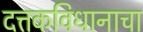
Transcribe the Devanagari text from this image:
दत्तकविधानाचा